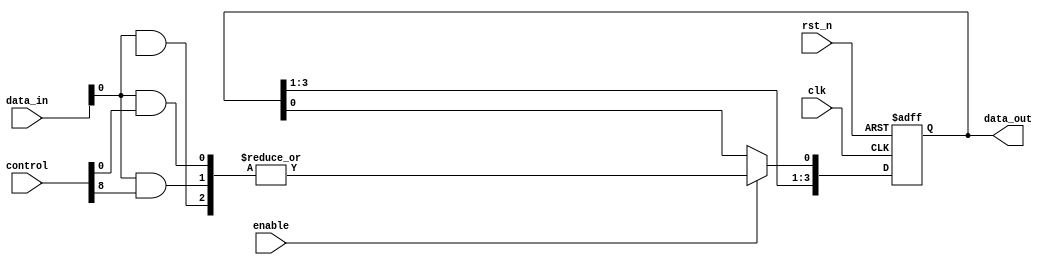
module RPAL (
    input wire clk,            // Clock signal
    input wire rst_n,         // Asynchronous reset (active low)
    input wire [N-1:0] data_in, // Data input signals
    input wire [M-1:0] control, // Control signals for programming
    input wire enable,         // Enable signal for loading data
    output reg [P-1:0] data_out // Data output signals
);

// Parameters (adjust these as needed)
parameter N = 8;  // Number of data inputs
parameter M = 16; // Number of programmable AND terms
parameter P = 4;  // Number of outputs

// Internal wires for AND and OR arrays
wire [M-1:0] and_out; // Outputs of the AND array
wire or_out;          // Output of the OR array
reg [P-1:0] reg_out;  // Registered output

// Programmable AND array
genvar i;
generate
    for (i = 0; i < M; i = i + 1) begin: and_array
        assign and_out[i] = data_in & control[i*N +: N]; // Example AND logic, needs proper configuration
    end
endgenerate

// Programmable OR array
assign or_out = |and_out; // Combined output from AND terms (OR logic)

// Registering the output
always @(posedge clk or negedge rst_n) begin
    if (!rst_n) begin
        reg_out <= 0; // Clear registers on reset
    end else if (enable) begin
        reg_out <= {reg_out[P-1:1], or_out}; // Shift in new value, adjust as needed
    end
end

// Assigning to data_out
always @(*) begin
    data_out = reg_out; // Output the registered value
end

endmodule